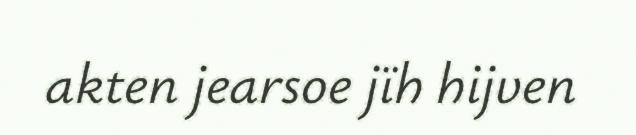
akten jearsoe jïh hijven